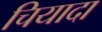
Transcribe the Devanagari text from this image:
चियादा